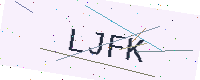
Text: LJFK